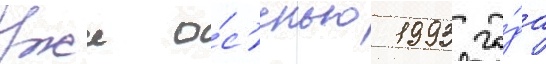
Уже о́с'енью 1993 го́да